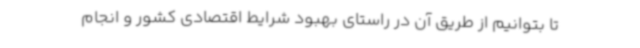
تا بتوانیم از طریق آن در راستای بهبود شرایط اقتصادی کشور و انجام